Indian Medical Review
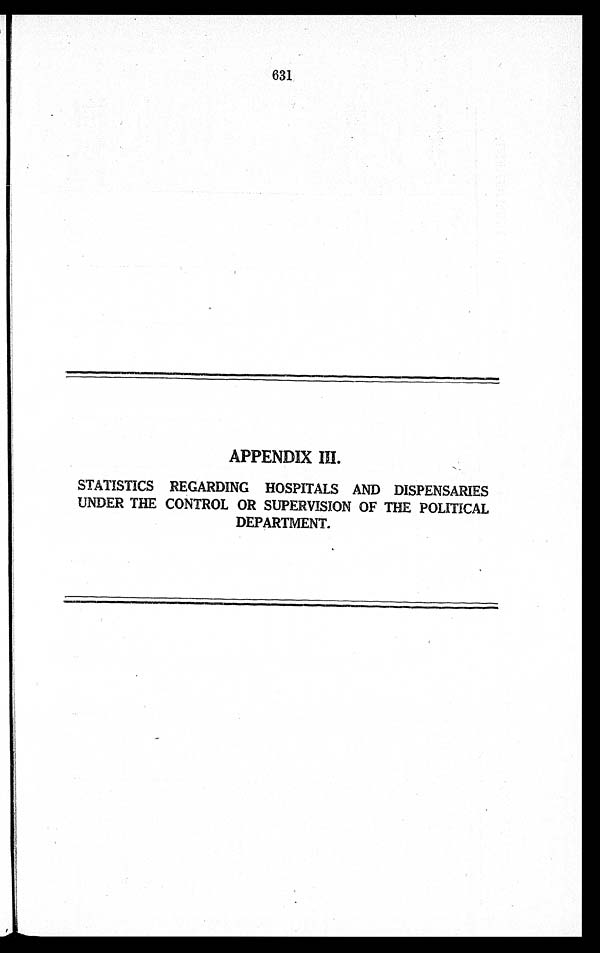
631
APPENDIX III.
STATISTICS REGARDING HOSPITALS AND DISPENSARIES
UNDER THE CONTROL OR SUPERVISION OF THE POLITICAL
DEPARTMENT.